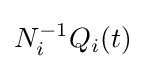
N_{i}^{-1}Q_{i}(t)